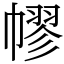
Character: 𢄪